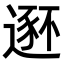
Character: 𫐾